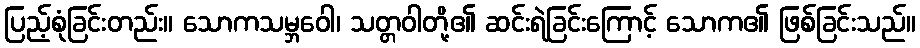
ပြည့်စုံခြင်းတည်း။ သောကသမ္ဘဝေါ၊ သတ္တဝါတို့၏ ဆင်းရဲခြင်းကြောင့် သောက၏ ဖြစ်ခြင်းသည်။